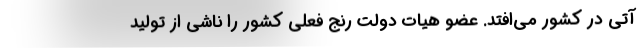
آتی در کشور می‌افتد. عضو هیات دولت رنج فعلی کشور را ناشی از تولید